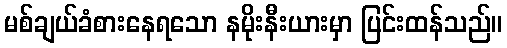
မစ်ချယ်ခံစားနေရသော နမိုးနီးယားမှာ ပြင်းထန်သည်။